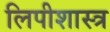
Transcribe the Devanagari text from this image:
लिपीशास्त्र